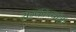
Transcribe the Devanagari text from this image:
राज्यकर्त्याशी